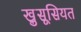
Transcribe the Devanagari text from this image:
खु़सूसियत